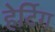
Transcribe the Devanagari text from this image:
हेर्टिग